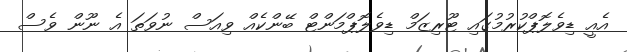
އެއީ ޑިވެލޮޕްކުރުމުގައި ޓޫރިޒަމް ޑިވެލޮޕްމަންޓް ބޭންކެއް ވިއަސް ނުވަތަ އެ ނޫން ވެސް